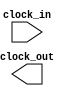
module freq_div(

    input clock_in,
    output clock_out
    );
    parameter width = 20;
    
    reg [width -1:0] count;
    always@(posedge clock_in)
    begin
        count = count + 1;
    end
     
    assign clkock_out = count[width -1]; 

endmodule